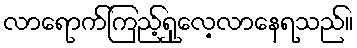
လာရောက်ကြည့်ရှုလေ့လာနေရသည်။